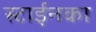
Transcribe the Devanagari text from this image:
स्टाईनका